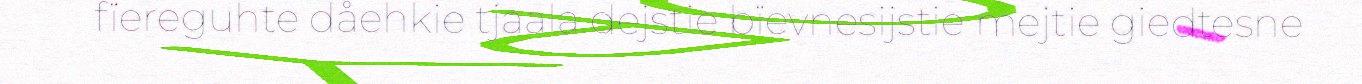
fïereguhte dåehkie tjaala dejstie bïevnesijstie mejtie giedtesne